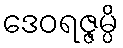
ဒေဝရဇ္ဇမ္ပိ